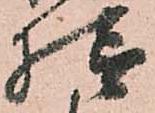
様